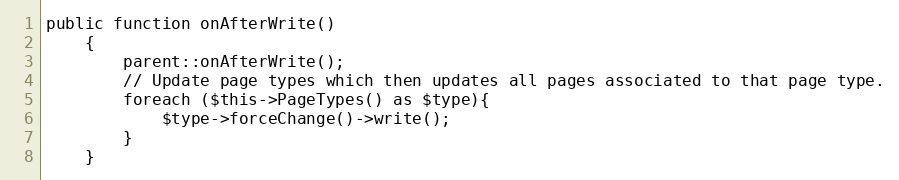
Language: PHP
public function onAfterWrite()
    {
        parent::onAfterWrite();
        // Update page types which then updates all pages associated to that page type.
        foreach ($this->PageTypes() as $type){
            $type->forceChange()->write();
        }
    }